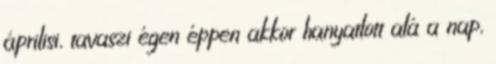
áprilisi, tavaszi égen éppen akkor hanyatlott alá a nap,